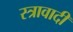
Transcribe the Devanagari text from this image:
स्त्रावादी